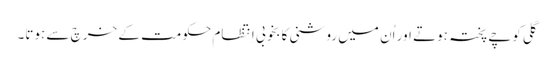
گلی کوچے پختہ ہوتے اور اُن میں روشنی کا بخوبی اِنتظام حکومت کے خرچ سے ہوتا۔